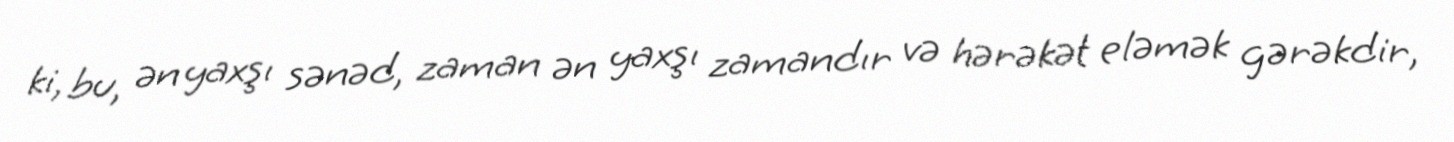
ki, bu, ən yaxşı sənəd, zaman ən yaxşı zamandır və hərəkət eləmək gərəkdir,